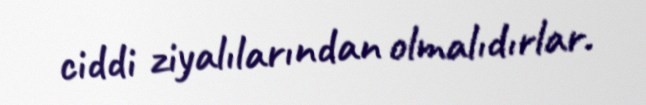
ciddi ziyalılarından olmalıdırlar.